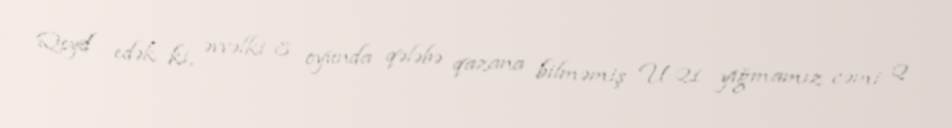
Qeyd edək ki, əvvəlki 8 oyunda qələbə qazana bilməmiş U-21 yığmamız cəmi 2